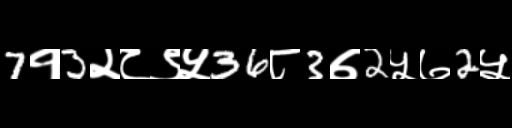
Text: 7१3२८९५36८3७2५७2५